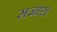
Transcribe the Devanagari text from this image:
सजाए।